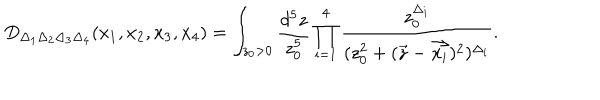
LaTeX: D _ { \Delta _ { 1 } \Delta _ { 2 } \Delta _ { 3 } \Delta _ { 4 } } ( x _ { 1 } , x _ { 2 } , x _ { 3 } , x _ { 4 } ) = \int _ { z _ { 0 } > 0 } \frac { d ^ { 5 } z } { z _ { 0 } ^ { 5 } } \prod _ { i = 1 } ^ { 4 } \frac { z _ { 0 } ^ { \Delta _ { i } } } { ( z _ { 0 } ^ { 2 } + ( \vec { z } - \vec { x _ { i } } ) ^ { 2 } ) ^ { \Delta _ { i } } } .